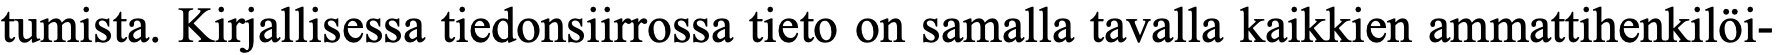
tumista. Kirjallisessa tiedonsiirrossa tieto on samalla tavalla kaikkien ammattihenkilöi-